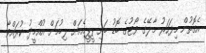
އެގޮތުން މިފަހަރު މާލޭގެ ވޯޓުގެ ބޮޑު ބައި ޕީޕީއެމަށް ލިބުމަށް އުއްމީދު ކުރައްވާ